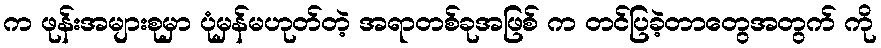
က ဖုန်းအများစုမှာ ပုံမှန်မဟုတ်တဲ့ အရာတစ်ခုအဖြစ် က တင်ပြခဲ့တာတွေအတွက် ကို